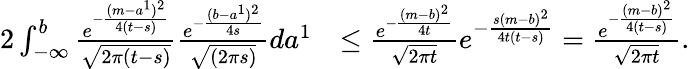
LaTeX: \begin{array}{rl}{2\int_{-\infty}^{b}\frac{e^{-\frac{(m-a^{1})^{2}}{4(t-s)}}}{\sqrt{2\pi(t-s)}}\frac{e^{-\frac{(b-a^{1})^{2}}{4s}}}{\sqrt{(2\pi s)}}da^{1}}&{\leq\frac{e^{-\frac{(m-b)^{2}}{4t}}}{\sqrt{2\pi t}}e^{-\frac{s(m-b)^{2}}{4t(t-s)}}=\frac{e^{-\frac{(m-b)^{2}}{4(t-s)}}}{\sqrt{2\pi t}}.}\end{array}